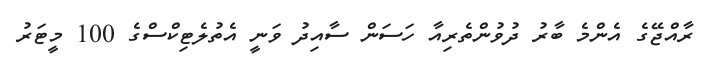
ރާއްޖޭގެ އެންމެ ބާރު ދުވުންތެރިއާ ހަސަން ސާއިދު ވަނީ އެތުލެޓިކްސްގެ 100 މީޓަރު